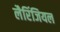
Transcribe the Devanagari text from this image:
लैरिंजियल